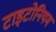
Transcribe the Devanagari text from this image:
टाइटोनियम